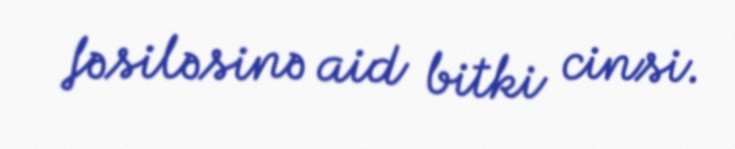
fəsiləsinə aid bitki cinsi.